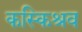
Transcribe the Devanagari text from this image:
कस्किश्रव